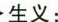
生义：